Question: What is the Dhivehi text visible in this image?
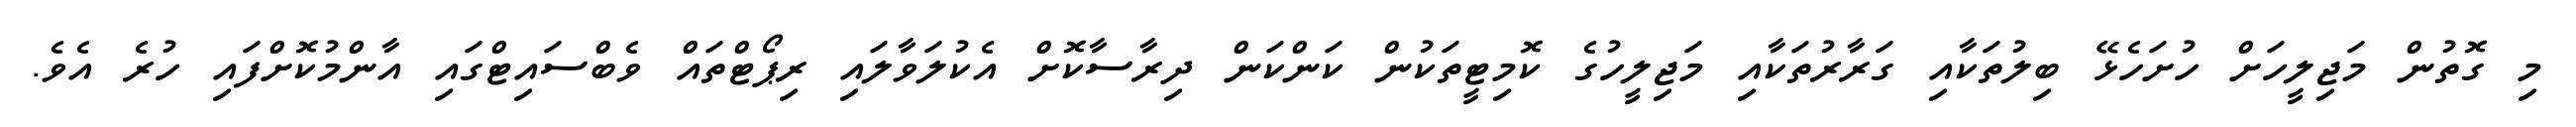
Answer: މި ގޮތުން މަޖިލީހަށް ހުށަހެޅޭ ބިލުތަކާއި ގަރާރުތަކާއި މަޖިލީހުގެ ކޮމިޓީތަކުން ކަންކަން ދިރާސާކޮށް އެކުލަވާލައި ރިޕޯޓްތައް ވެބްސައިޓްގައި އާންމުކޮށްފައި ހުރެ އެވެ.